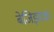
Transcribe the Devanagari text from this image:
बेजिझाक